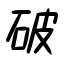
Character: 破